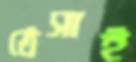
ঠেসাই